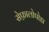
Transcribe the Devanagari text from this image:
सेफ़ालोपोडा